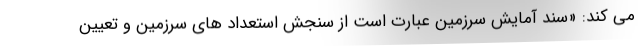
می کند: «سند آمایش سرزمین عبارت است از سنجش استعداد های سرزمین و تعیین